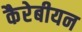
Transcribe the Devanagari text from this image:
कैरेबीयन